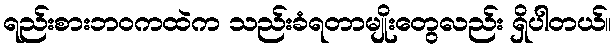
ရည်းစားဘဝကထဲက သည်းခံရတာမျိုးတွေလည်း ရှိပါတယ်။